Preliminary report on the killing of rats and rat fleas by hydrocyanic acid gas - Number 38
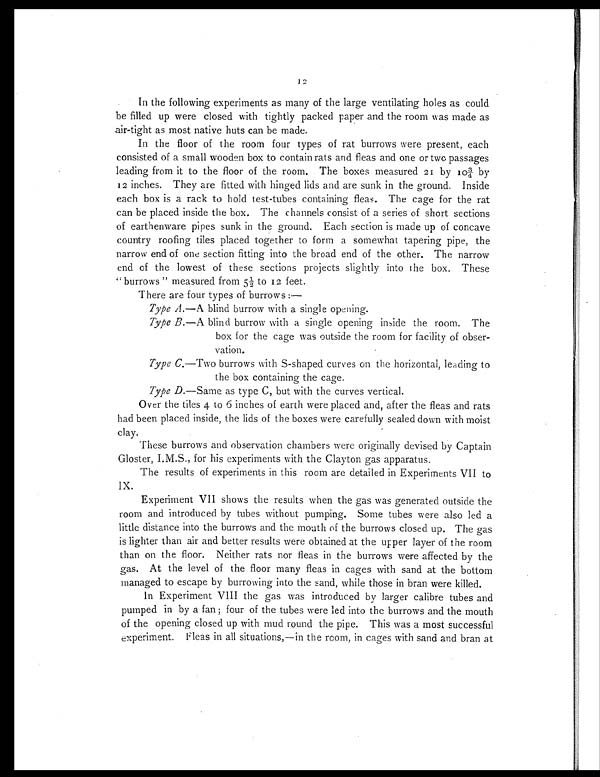
12
In the following experiments as many of the large ventilating holes as could
be filled up were closed with tightly packed paper and the room was made as
air-tight as most native huts can be made.
In the floor of the room four types of rat burrows were present, each
consisted of a small wooden box to contain rats and fleas and one or two passages
leading from it to the floor of the room. The boxes measured 21 by 10¾ by
12 inches. They are fitted with hinged lids and are sunk in the ground. Inside
each box is a rack to hold test-tubes containing fleas. The cage for the rat
can be placed inside the box. The channels consist of a series of short sections
of earthenware pipes sunk in the ground. Each section is made up of concave
country roofing tiles placed together to form a somewhat tapering pipe, the
narrow end of one section fitting into the broad end of the other. The narrow
end of the lowest of these sections projects slightly into the box. These
"burrows" measured from 5½ to 12 feet.
There are four types of burrows :—
Type A.—A blind burrow with a single opening.
Type B.—A blind burrow with a single opening inside the room. The
box for the cage was outside the room for facility of obser-
vation.
Type C.—Two burrows with S-shaped curves on the horizontal, leading to
the box containing the cage.
Type D.—Same as type C, but with the curves vertical.
Over the tiles 4 to 6 inches of earth were placed and, after the fleas and rats
had been placed inside, the lids of the boxes were carefully sealed down with moist
clay.
These burrows and observation chambers were originally devised by Captain
Gloster, I.M.S., for his experiments with the Clayton gas apparatus.
The results of experiments in this room are detailed in Experiments VII to
Ix.
Experiment VII shows the results when the gas was generated outside the
room and introduced by tubes without pumping. Some tubes were also led a
little distance into the burrows and the mouth of the burrows closed up. The gas
is lighter than air and better results were obtained at the upper layer of the room
than on the floor. Neither rats nor fleas in the burrows were affected by the
gas. At the level of the floor many fleas in cages with sand at the bottom
managed to escape by burrowing into the sand, while those in bran were killed.
In Experiment VIII the gas was introduced by larger calibre tubes and
pumped in by a fan ; four of the tubes were led into the burrows and the mouth
of the opening closed up with mud round the pipe. This was a most successful
experiment. Fleas in all situations,—in the room, in cages with sand and bran at